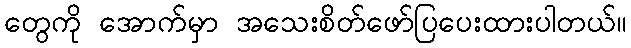
တွေကို အောက်မှာ အသေးစိတ်ဖော်ပြပေးထားပါတယ်။